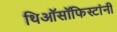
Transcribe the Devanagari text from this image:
थिऑसॉफिस्टांनी